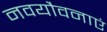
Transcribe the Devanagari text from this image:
नवयौवनाएं